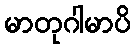
မာတုဂါမာပိ